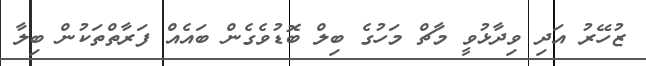
ޒުހޭރު އަދި ވިދާޅުވީ މާޗް މަހުގެ ބިލް ބޮޑުވެގެން ބައެއް ފަރާތްތަކުން ބިލާ